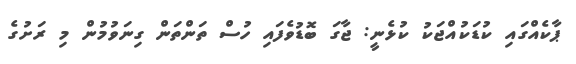
ޕާކެއްގައި ކުޑަކުއްޖަކު ކުޅެނީ: ޖާގަ ބޮޑުވެފައި ހުސް ތަންތަން ގިނަވުމުން މި ރަށުގެ